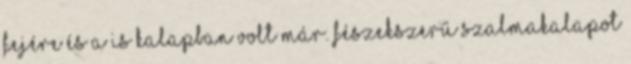
fejére és a is kalapban volt már. Fészekszerű szalmakalapot